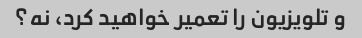
و تلویزیون را تعمیر خواهید کرد، نه؟